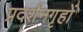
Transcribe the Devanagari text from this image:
प्रदर्शनगृहों